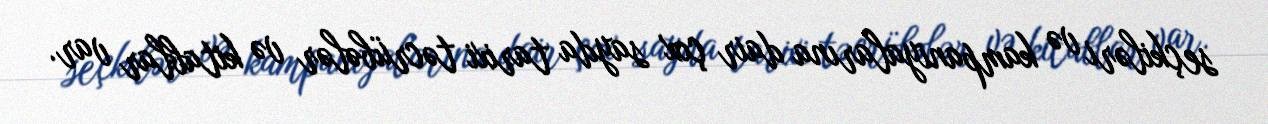
seçkiləri və kampaniyalarına dair çox sayda tarixi təcrübələr və kitablar var.